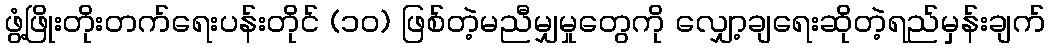
ဖွံ့ဖြိုးတိုးတက်ရေးပန်းတိုင် (၁၀) ဖြစ်တဲ့မညီမျှမှုတွေကို လျှော့ချရေးဆိုတဲ့ရည်မှန်းချက်